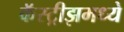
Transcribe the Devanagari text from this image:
कॅस्ट्रीझमध्ये